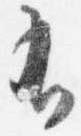
有